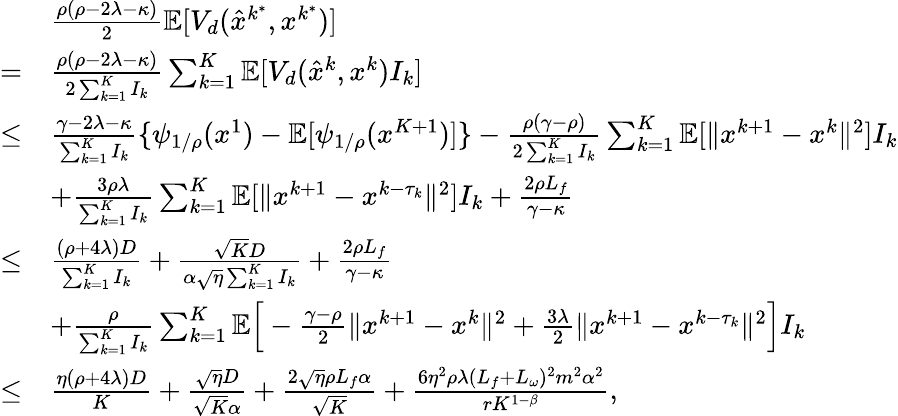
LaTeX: \begin{array}{rl}&{\frac{\rho(\rho-2\lambda-\kappa)}{2}\mathbb{E}[V_{d}(\hat{x}^{k^{\ast}},x^{k^{\ast}})]}\\ {=}&{\frac{\rho(\rho-2\lambda-\kappa)}{2\sum_{k=1}^{K}I_{k}}\sum_{k=1}^{K}\mathbb{E}[V_{d}(\hat{x}^{k},x^{k})I_{k}]}\\ {\leq}&{\frac{\gamma-2\lambda-\kappa}{\sum_{k=1}^{K}I_{k}}\{ \psi_{1/\rho}(x^{1})-\mathbb{E}[\psi_{1/\rho}(x^{K+1})]\} -\frac{\rho(\gamma-\rho)}{2\sum_{k=1}^{K}I_{k}}\sum_{k=1}^{K}\mathbb{E}[\| x^{k+1}-x^{k}\| ^{2}]I_{k}}\\ &{+\frac{3\rho\lambda}{\sum_{k=1}^{K}I_{k}}\sum_{k=1}^{K}\mathbb{E}[\| x^{k+1}-x^{k-\tau_{k}}\| ^{2}]I_{k}+\frac{2\rho L_{f}}{\gamma-\kappa}}\\ {\leq}&{\frac{(\rho+4\lambda)D}{\sum_{k=1}^{K}I_{k}}+\frac{\sqrt{K}D}{\alpha\sqrt{\eta}\sum_{k=1}^{K}I_{k}}+\frac{2\rho L_{f}}{\gamma-\kappa}}\\ &{+\frac{\rho}{\sum_{k=1}^{K}I_{k}}\sum_{k=1}^{K}\mathbb{E}\Big[-\frac{\gamma-\rho}{2}\| x^{k+1}-x^{k}\| ^{2}+\frac{3\lambda}{2}\| x^{k+1}-x^{k-\tau_{k}}\| ^{2}\Big]I_{k}}\\ {\leq}&{\frac{\eta(\rho+4\lambda)D}{K}+\frac{\sqrt{\eta}D}{\sqrt{K}\alpha}+\frac{2\sqrt{\eta}\rho L_{f}\alpha}{\sqrt{K}}+\frac{6\eta^{2}\rho\lambda(L_{f}+L_{\omega})^{2}m^{2}\alpha^{2}}{rK^{1-\beta}},}\end{array}